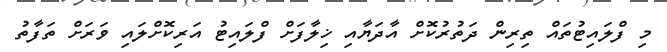
މި ފްލައިޓުތައް ތިރިން ދަތުރުކޮށް އާދަޔާއި ޚިލާފަށް ފްލައިޓު އަރިކޮށްލައި ވަރަށް ތަފާތު